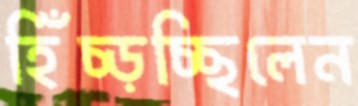
হিঁচ্‌ড়চ্ছিলেন